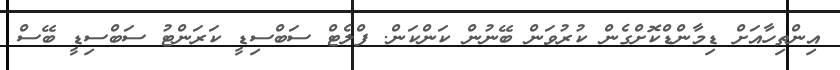
އިންތިހާއަށް ޑިމާންޑްކޮށްގެން ކުރުވަން ބޭނުން ކަންކަން. ފްލެޓް ސަބްސިޑީ ކަރަންޓު ސަބްސިޑީ ބޭސް